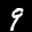
Label: 9